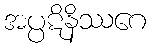
အပ္ပဋိနိဿဂေ